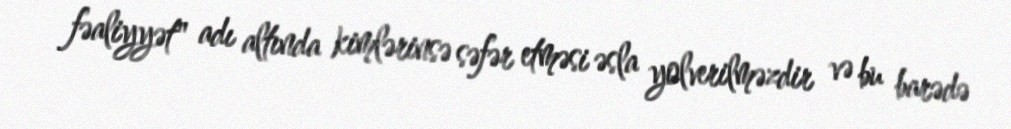
fəaliyyət" adı altında kimlərinsə səfər etməsi əsla yolverilməzdir və bu barədə